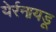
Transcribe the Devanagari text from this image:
येर्रनायडू